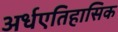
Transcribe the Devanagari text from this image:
अर्धएतिहासिक